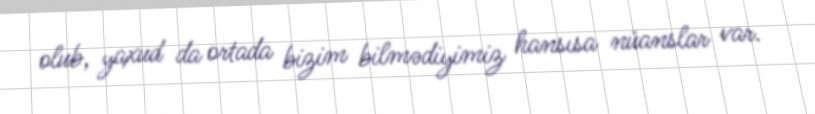
olub, yaxud da ortada bizim bilmədiyimiz hansısa nüanslar var.